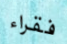
فقراء